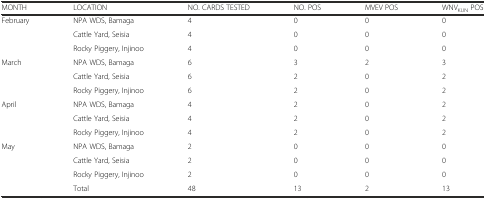
| MONTH | LOCATION | NO. CARDS TESTED | NO. POS | MVEV POS | WNVKUN POS |
 | --- | --- | --- | --- | --- | --- |
 | <ROWSPAN=3> February | NPA WDS, Bamaga | 4 | 0 | 0 | 0 |
 | Cattle Yard, Seisia | 4 | 0 | 0 | 0 |
 | Rocky Piggery, Injinoo | 4 | 0 | 0 | 0 |
 | <ROWSPAN=3> March | NPA WDS, Bamaga | 6 | 3 | 2 | 3 |
 | Cattle Yard, Seisia | 6 | 2 | 0 | 2 |
 | Rocky Piggery, Injinoo | 6 | 2 | 0 | 2 |
 | <ROWSPAN=3> April | NPA WDS, Bamaga | 4 | 2 | 0 | 2 |
 | Cattle Yard, Seisia | 4 | 2 | 0 | 2 |
 | Rocky Piggery, Injinoo | 4 | 2 | 0 | 2 |
 | <ROWSPAN=3> May | NPA WDS, Bamaga | 2 | 0 | 0 | 0 |
 | Cattle Yard, Seisia | 2 | 0 | 0 | 0 |
 | Rocky Piggery, Injinoo | 2 | 0 | 0 | 0 |
 |  | Total | 48 | 13 | 2 | 13 |